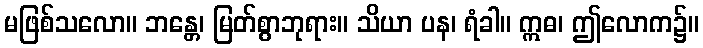
မဖြစ်သလော။ ဘန္တေ၊ မြတ်စွာဘုရား။ သိယာ ပန၊ ရံခါ။ ဣဓ၊ ဤလောက၌။